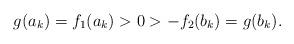
LaTeX: \begin{align*} g(a_k)=f_1(a_k) >0 > -f_2(b_k) = g(b_k). \end{align*}